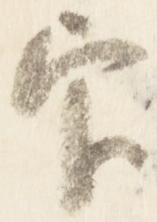
官